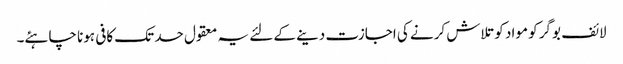
لائف بوگر کو مواد کو تلاش کرنے کی اجازت دینے کے لئے یہ معقول حد تک کافی ہونا چاہئے۔